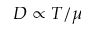
D \propto T / \mu